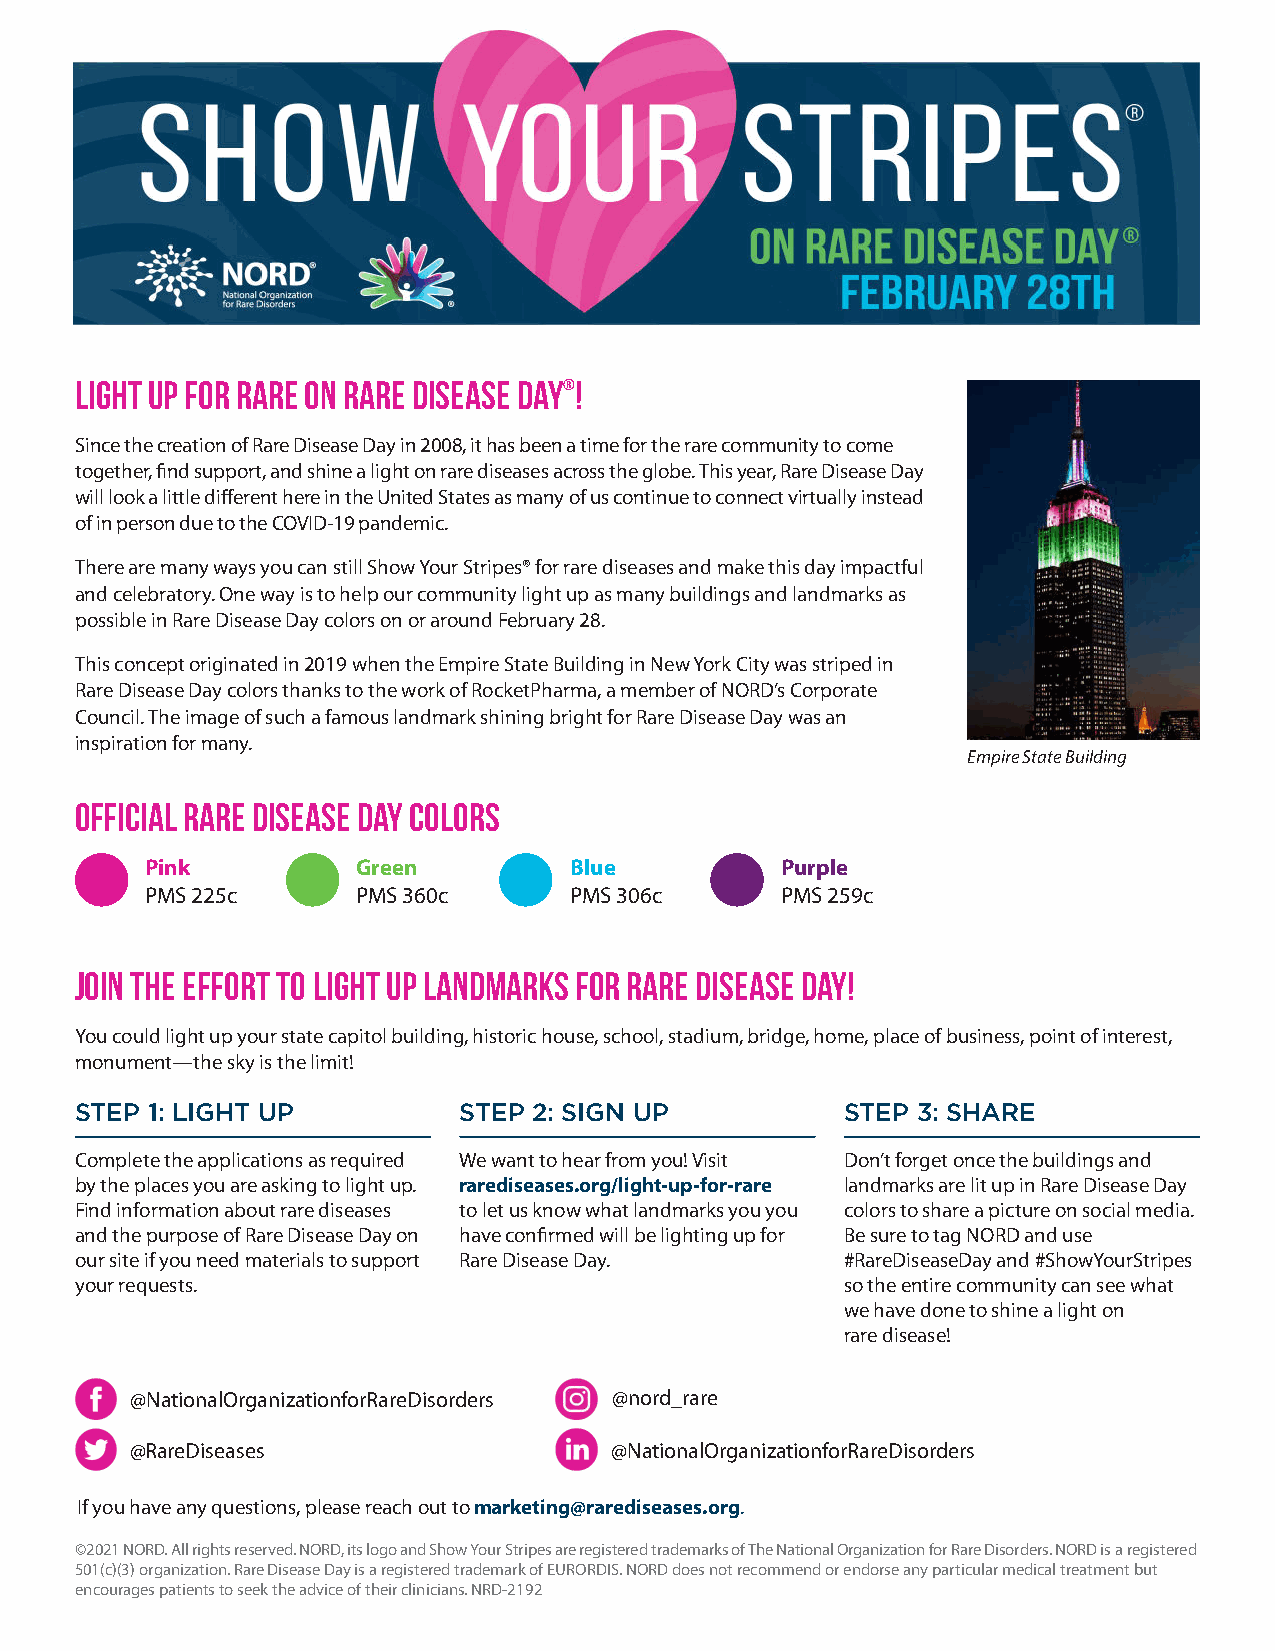
LIGHT UP FOR rare on RARE DISEASE DAY®!
 Since the creation of Rare Disease Day in 2008, it has been a time for the rare community to come
 together, find support, and shine a light on rare diseases across the globe. This year, Rare Disease Day
 will look a little different here in the United States as many of us continue to connect virtually instead
 of in person due to the COVID-19 pandemic.
 There are many ways you can still Show Your Stripes® for rare diseases and make this day impactful
 and celebratory. One way is to help our community light up as many buildings and landmarks as
 possible in Rare Disease Day colors on or around February 28.
 This concept originated in 2019 when the Empire State Building in New York City was striped in
 Rare Disease Day colors thanks to the work of RocketPharma, a member of NORD’s Corporate
 Council. The image of such a famous landmark shining bright for Rare Disease Day was an
 inspiration for many.
 Empire State Building
 Official Rare Disease Day Colors
 Pink          Green         Blue          Purple
 PMS 225c      PMS 360c      PMS 306c      PMS 259c
 JOIN THE EFFORT TO LIGHT UP LANDMARKS FOR RARE DISEASE DAY!
 You could light up your state capitol building, historic house, school, stadium, bridge, home, place of business, point of interest,
 monument—the sky is the limit!
 STEP 1: LIGHT UP         STEP 2: SIGN UP           STEP 3: SHARE
 Complete the applications as required We want to hear from you! Visit Don’t forget once the buildings and
 by the places you are asking to light up. rarediseases.org/light-up-for-rare landmarks are lit up in Rare Disease Day
 Find information about rare diseases to let us know what landmarks you you colors to share a picture on social media.
 and the purpose of Rare Disease Day on have confirmed will be lighting up for Be sure to tag NORD and use
 our site if you need materials to support Rare Disease Day. #RareDiseaseDay and #ShowYourStripes
 your requests.                                     so the entire community can see what
 we have done to shine a light on
 rare disease!
 @NationalOrganizationforRareDisorders @nord_rare
 @RareDiseases                  @NationalOrganizationforRareDisorders
 If you have any questions, please reach out to marketing@rarediseases.org.
 ©2021 NORD. All rights reserved. NORD, its logo and Show Your Stripes are registered trademarks of The National Organization for Rare Disorders. NORD is a registered
 501(c)(3) organization. Rare Disease Day is a registered trademark of EURORDIS. NORD does not recommend or endorse any particular medical treatment but
 encourages patients to seek the advice of their clinicians. NRD-2192